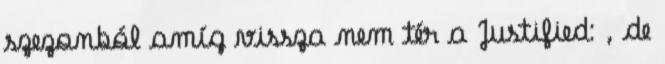
szezonból amíg vissza nem tér a Justified: , de